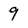
Character: 9